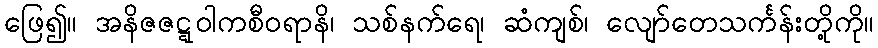
ဖြေ၍။ အနိဇဇဋ္ဋဝါကစီဝရာနိ၊ သစ်နက်ရေ၊ ဆံကျစ်၊ လျော်တေသင်္ကန်းတို့ကို။